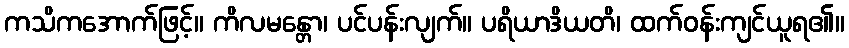
ကသိကအောက်ဖြင့်။ ကိလမန္တော၊ ပင်ပန်းလျက်။ ပရိယာဒိယတိ၊ ထက်ဝန်းကျင်ယူရ၏။